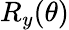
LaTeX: R_{y}(\theta)